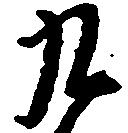
九